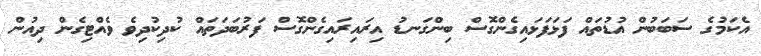
އެކަމުގެ ސަބަބުން އުޑުތައް ފަޅަފަޅައިގެންގޮސް ބިންގަނޑު އިރައިރައިގެންގޮސް ފަރުބަދަތައް ކުދިކުދިވެ ވެއްޓިގެން ދިއުން